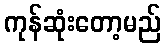
ကုန်ဆုံးတော့မည်